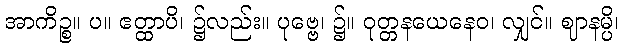
အာကိဉ္စ။ ပ။ ဧတ္ထာပိ၊ ၌လည်း။ ပုဗ္ဗေ၊ ၌။ ဝုတ္တနယေနေဝ၊ လျှင်။ ဈာနမ္ပိ၊